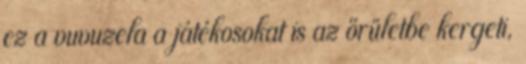
ez a vuvuzela a játékosokat is az őrületbe kergeti,